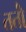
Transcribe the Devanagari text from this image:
ततो॑